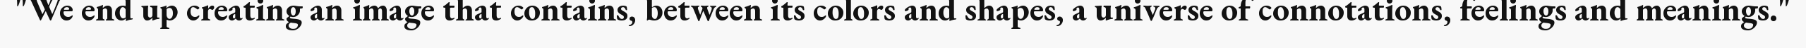
"We end up creating an image that contains, between its colors and shapes, a universe of connotations, feelings and meanings."